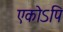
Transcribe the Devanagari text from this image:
एकोऽपि